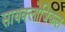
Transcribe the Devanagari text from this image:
सायक्लोजिकल